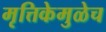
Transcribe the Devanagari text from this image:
मृत्तिकेमुळेच